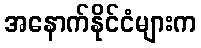
အနောက်နိုင်ငံများက